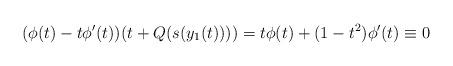
LaTeX: \begin{align*}(\phi(t)-t\phi'(t))(t+Q(s(y_1(t))))=t\phi(t)+(1-t^2)\phi'(t)\equiv 0\end{align*}